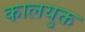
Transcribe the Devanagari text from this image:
कालयुक्त